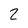
Character: 2